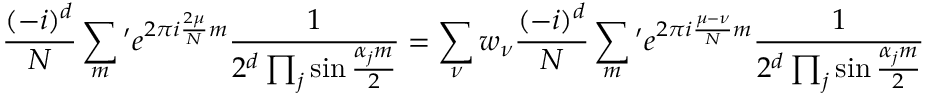
{ \frac { ( - i ) ^ { d } } { N } } \sum _ { m } { } ^ { \prime } e ^ { 2 \pi i { \frac { 2 \mu } { N } } m } { \frac { 1 } { 2 ^ { d } \prod _ { j } \sin { \frac { \alpha _ { j } m } { 2 } } } } = \sum _ { \nu } w _ { \nu } { \frac { ( - i ) ^ { d } } { N } } \sum _ { m } { } ^ { \prime } e ^ { 2 \pi i { \frac { \mu - \nu } { N } } m } { \frac { 1 } { 2 ^ { d } \prod _ { j } \sin { \frac { \alpha _ { j } m } { 2 } } } }